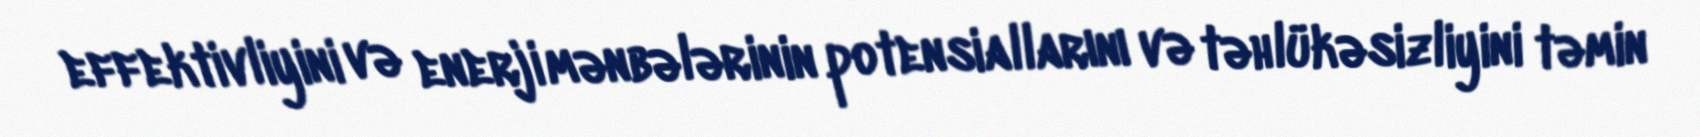
effektivliyini və enerji mənbələrinin potensiallarını və təhlükəsizliyini təmin